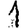
Digit: 1